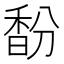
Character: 馚